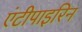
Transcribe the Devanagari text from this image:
एंटीपाइरिन